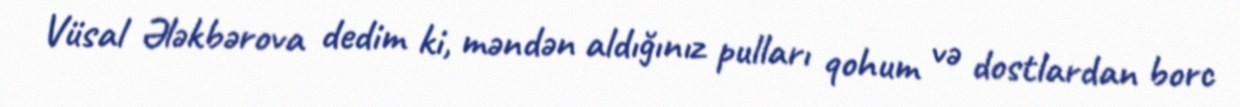
Vüsal Ələkbərova dedim ki, məndən aldığınız pulları qohum və dostlardan borc